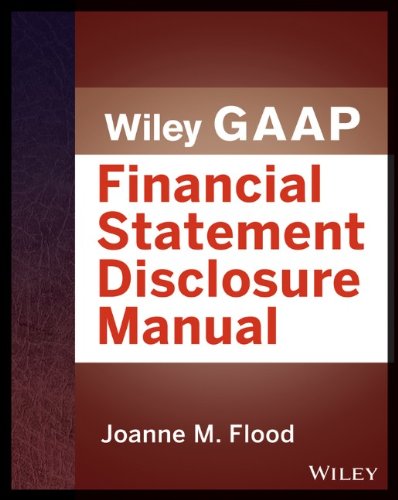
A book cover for Wiley GAAP: Financial Statement Disclosures Manual (Wiley Regulatory Reporting); Joanne M. Flood; Business & Money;